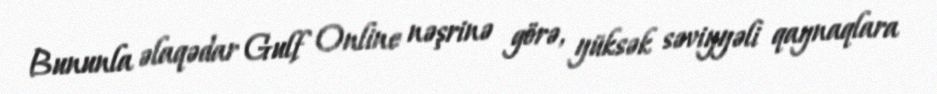
Bununla əlaqədar Gulf Online nəşrinə görə, yüksək səviyyəli qaynaqlara